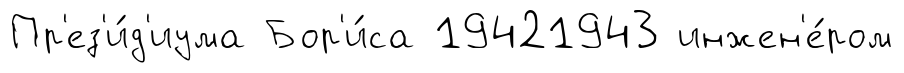
Пр'ез'и́д'иума Бор'и́са 19421943 инжен'е́ром